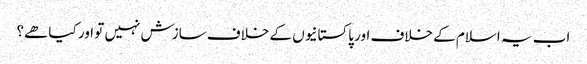
اب یہ اسلام کے خلاف اور پاکستانیوں کے خلاف سازش نہیں تو اور کیا ھے؟